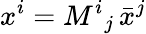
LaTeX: x^{i}={M^{i}{}_{j}}\, {\bar{x}}^{j}